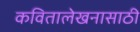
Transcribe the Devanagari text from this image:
कवितालेखनासाठी